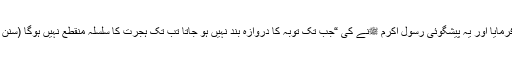
اسی لئے فرمایا اور یہ پیشگوئی رسول اکرم ﷺنے کی “جب تک توبہ کا دروازہ بند نہیں ہو جاتا تب تک ہجرت کا سلسلہ منقطع نہیں ہوگا (سنن ابی داؤد)۔